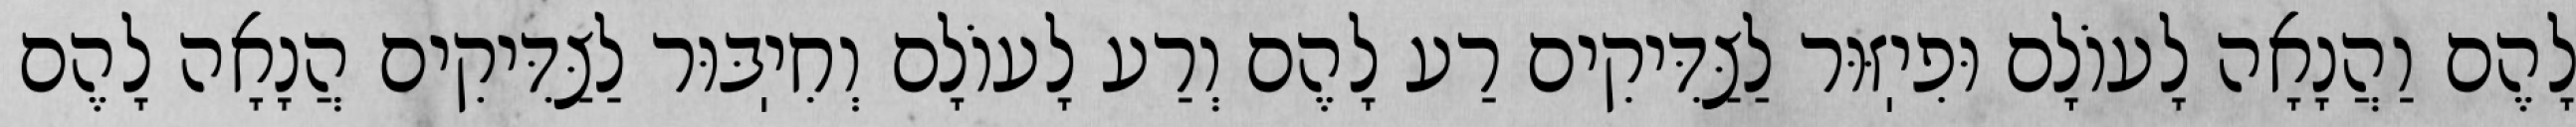
לָהֶם וַהֲנָאָה לָעוֹלָם וּפִיֽזּוּר לַצַּדִּיקִים רַע לָהֶם וְרַע לָעוֹלָם וְחִיֽבּוּר לַצַּדִּיקִים הֲנָאָה לָהֶם